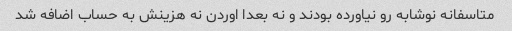
متاسفانه نوشابه رو نیاورده بودند و نه بعدا اوردن نه هزینش به حساب اضافه شد